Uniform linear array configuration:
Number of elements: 32
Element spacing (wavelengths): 1
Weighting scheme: exponential
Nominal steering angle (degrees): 30
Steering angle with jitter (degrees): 31.07
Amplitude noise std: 0.05
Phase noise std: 0.05

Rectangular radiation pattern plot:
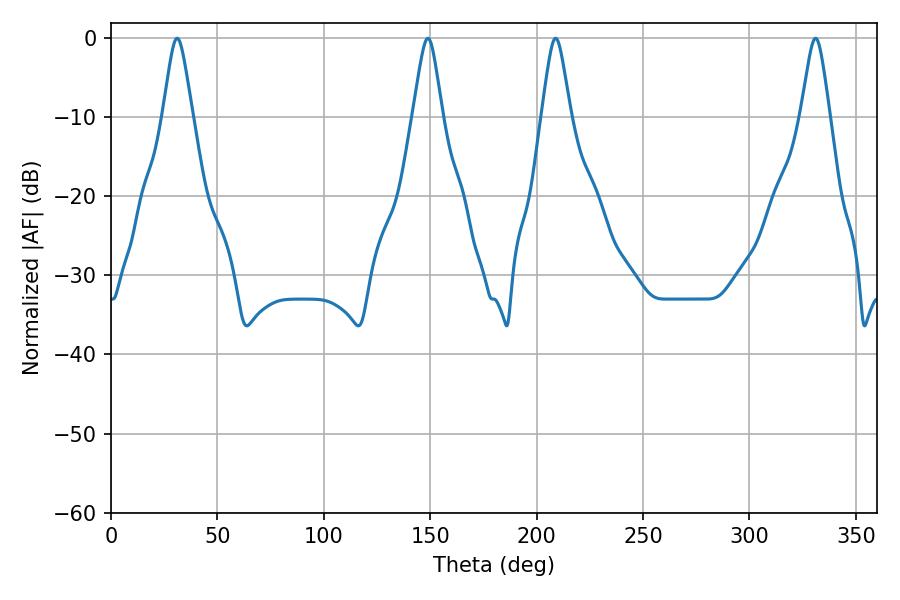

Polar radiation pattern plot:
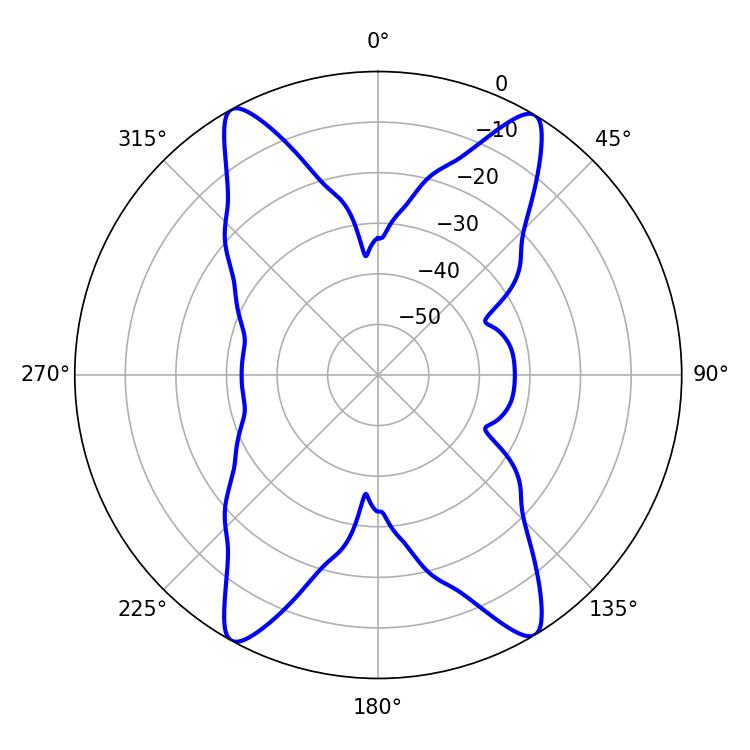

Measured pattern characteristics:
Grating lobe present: TRUE
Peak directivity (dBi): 23.608
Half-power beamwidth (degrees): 6.48
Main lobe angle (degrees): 208.98